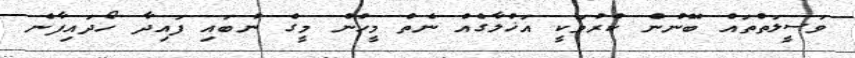
ވަސީލަތްތައް ބޭނުން ކުރުމަކީ އަޚުލާގެއް ނެތް މީހުން މީގެ ނުބައި ފައިދާ ހޯދައިފާނެ